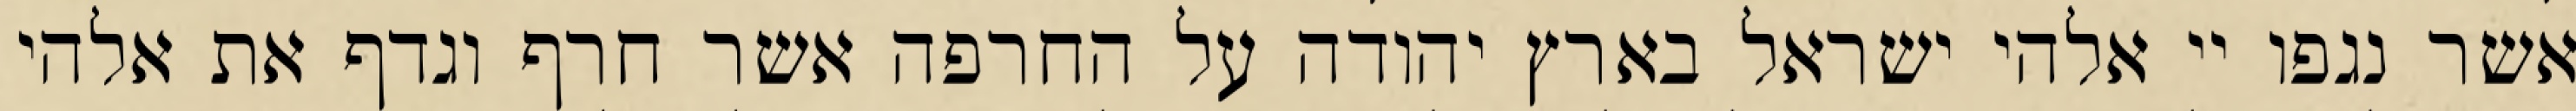
אשר נגפו יי אלהי ישראל בארץ יהודה על החרפה אשר חרף וגדף את אלהי